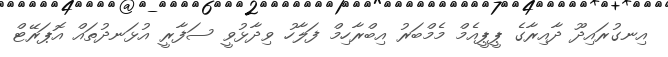
އިނގުރައިދޫ ދާއިރާގެ ޕީޕީއެމް މެމްބަރު އިބްރާހިމް ފަލާހު ވިދާޅުވީ ސަފާރީ އުޅަނދުތައް އޮޕަރޭޓް